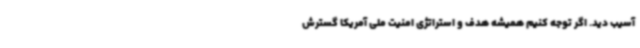
آسیب دید. اگر توجه کنیم همیشه هدف و استراتژی امنیت ملی آمریکا گسترش